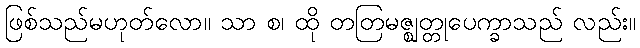
ဖြစ်သည်မဟုတ်လော။ သာ စ၊ ထို တတြမဇ္ဈတ္တုပေက္ခာသည် လည်း။